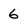
Character: 6